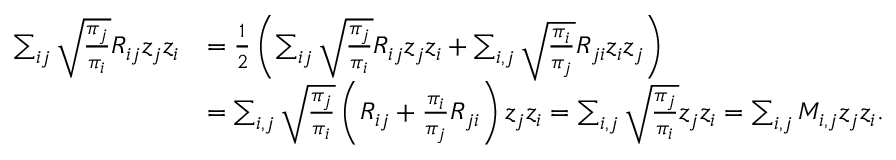
\begin{array} { r l } { \sum _ { i j } \sqrt { \frac { \pi _ { j } } { \pi _ { i } } } R _ { i j } z _ { j } z _ { i } } & { = \frac { 1 } { 2 } \left( \sum _ { i j } \sqrt { \frac { \pi _ { j } } { \pi _ { i } } } R _ { i j } z _ { j } z _ { i } + \sum _ { i , j } \sqrt { \frac { \pi _ { i } } { \pi _ { j } } } R _ { j i } z _ { i } z _ { j } \right) } \\ & { = \sum _ { i , j } \sqrt { \frac { \pi _ { j } } { \pi _ { i } } } \left( R _ { i j } + \frac { \pi _ { i } } { \pi _ { j } } R _ { j i } \right) z _ { j } z _ { i } = \sum _ { i , j } \sqrt { \frac { \pi _ { j } } { \pi _ { i } } } z _ { j } z _ { i } = \sum _ { i , j } M _ { i , j } z _ { j } z _ { i } . } \end{array}